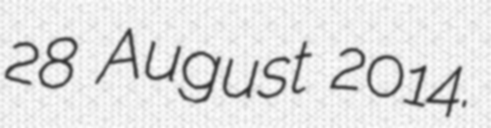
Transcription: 28 August 2014.